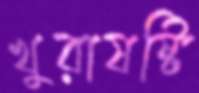
খুরাষষ্টি